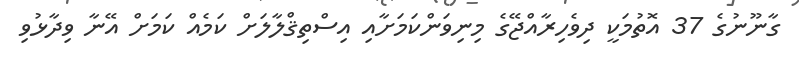
ގާނޫނުގެ 37 އޮތުމަކީ ދިވެހިރާއްޖޭގެ މިނިވަންކަމަށާއި އިސްތިޤްލާލަށް ކަމެއް ކަމަށް އޭނާ ވިދާޅުވި